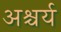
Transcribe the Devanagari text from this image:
अश्चर्य